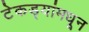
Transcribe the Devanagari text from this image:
टेकड्यांमधून